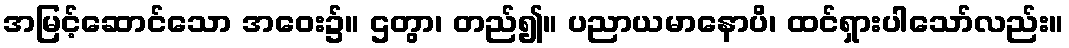
အမြင့်ဆောင်သော အဝေး၌။ ဌတွာ၊ တည်၍။ ပညာယမာနောပိ၊ ထင်ရှားပါသော်လည်း။